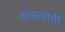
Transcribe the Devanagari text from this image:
अकलोती